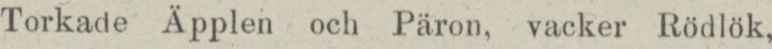
Torkade Äpplen och Päron, vacker Rödlök,